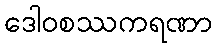
ဒေါဝစဿကရဏာ